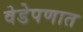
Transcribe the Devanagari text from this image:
वेडेपणात